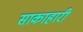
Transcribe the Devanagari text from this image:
साकाहारी